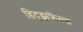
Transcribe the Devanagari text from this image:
हिट्झफेल्ड